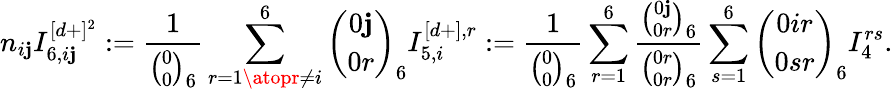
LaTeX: n_{i\mathbf{j}}I_{6,i\mathbf{j}}^{[d+]^{2}}:=\frac{{1}}{{{\binom{0}{0}}_{6}}}\sum_{r=1\atopr\not{=}i}^{6}{\binom{0\mathbf{j}}{0r}}_{6}I_{5,i}^{[d+],r}:=\frac{{1}}{{{\binom{0}{0}}_{6}}}\sum_{r=1}^{6}\frac{{{\binom{0\mathbf{j}}{0r}}_{6}}}{{{\binom{0r}{0r}}_{6}}}\sum_{s=1}^{6}{{\binom{0ir}{0sr}}_{6}}I_{4}^{rs}.